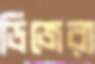
ডিজেরা